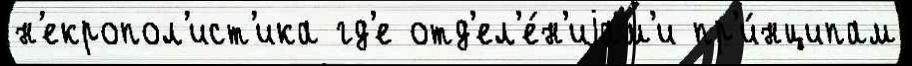
н'екропол'ист'ика гд'е отд'ел'е́н'иjам'и пр'и́нципам